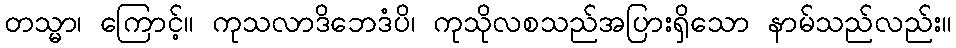
တသ္မာ၊ ကြောင့်။ ကုသလာဒိဘေဒံပိ၊ ကုသိုလစသည်အပြားရှိသော နာမ်သည်လည်း။